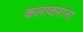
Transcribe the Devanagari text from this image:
कलाकरांना